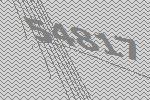
54817